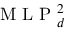
\mathrm { ~ M ~ L ~ P ~ } _ { d } ^ { 2 }